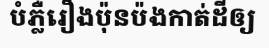
បំភ្លឺរឿងប៉ុនប៉ងកាត់ដីឲ្យ